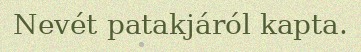
Nevét patakjáról kapta.